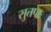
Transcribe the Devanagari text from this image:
सुतपाः